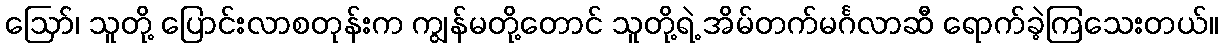
ဪ၊ သူတို့ ပြောင်းလာစတုန်းက ကျွန်မတို့တောင် သူတို့ရဲ့ အိမ်တက်မင်္ဂလာဆီ ရောက်ခဲ့ကြသေးတယ်။